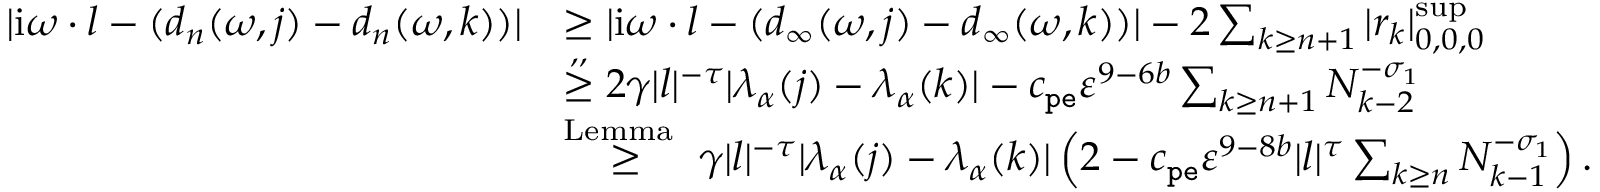
\begin{array} { r l } { | \mathrm { i } \omega \cdot l - ( d _ { n } ( \omega , j ) - d _ { n } ( \omega , k ) ) | } & { \ge | \mathrm { i } \omega \cdot l - ( d _ { \infty } ( \omega , j ) - d _ { \infty } ( \omega , k ) ) | - 2 \sum _ { k \ge n + 1 } | r _ { k } | _ { 0 , 0 , 0 } ^ { \operatorname* { s u p } } } \\ & { \overset { , , } \ge 2 \gamma | l | ^ { - \tau } | \lambda _ { \alpha } ( j ) - \lambda _ { \alpha } ( k ) | - c _ { \mathtt { p e } } \varepsilon ^ { 9 - 6 b } \sum _ { k \ge n + 1 } N _ { k - 2 } ^ { - \sigma _ { 1 } } } \\ & { \overset { \mathrm { L e m m a ~ } } \ge \gamma | l | ^ { - \tau } | \lambda _ { \alpha } ( j ) - \lambda _ { \alpha } ( k ) | \left( 2 - c _ { \mathtt { p e } } \varepsilon ^ { 9 - 8 b } | l | ^ { \tau } \sum _ { k \ge n } N _ { k - 1 } ^ { - \sigma _ { 1 } } \right) . } \end{array}